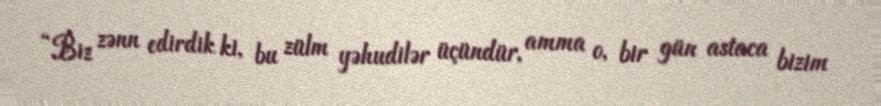
“Biz zənn edirdik ki, bu zülm yəhudilər üçündür, amma o, bir gün astaca bizim